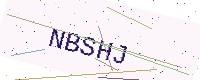
Text: NBSHJ